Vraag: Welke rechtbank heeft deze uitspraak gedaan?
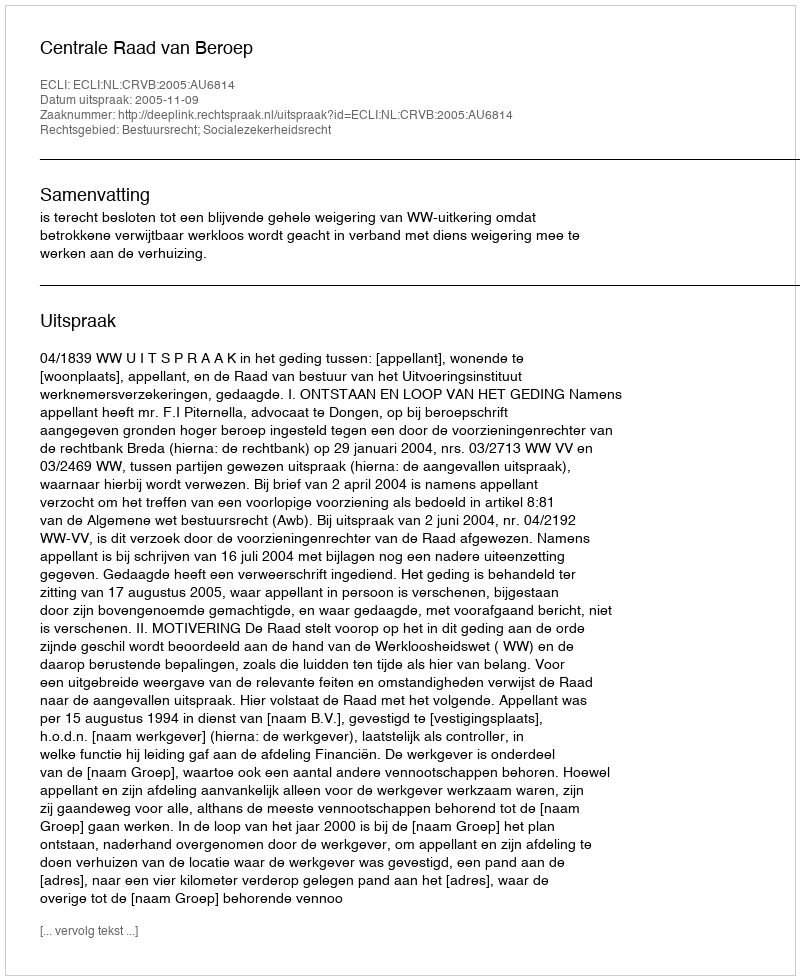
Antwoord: Centrale Raad van Beroep